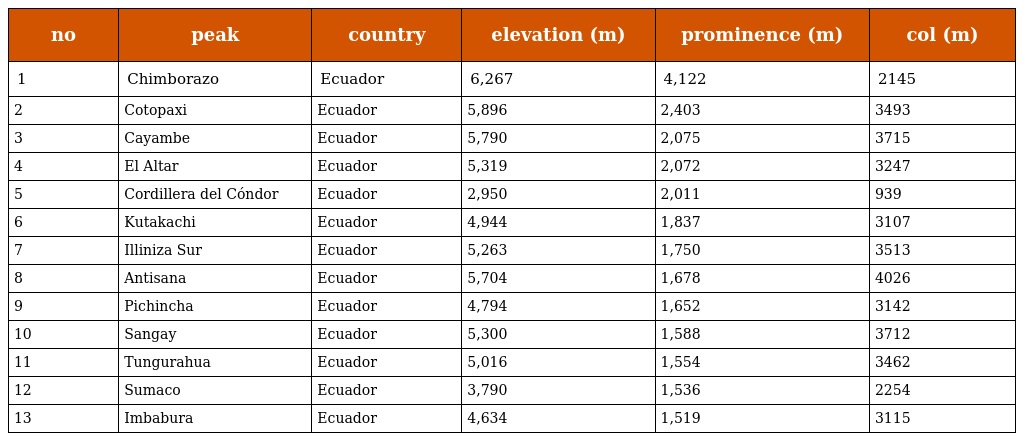
| no | peak | country | elevation (m) | prominence (m) | col (m) |
 | --- | --- | --- | --- | --- | --- |
 | 1 | Chimborazo | Ecuador | 6,267 | 4,122 | 2145 |
 | 2 | Cotopaxi | Ecuador | 5,896 | 2,403 | 3493 |
 | 3 | Cayambe | Ecuador | 5,790 | 2,075 | 3715 |
 | 4 | El Altar | Ecuador | 5,319 | 2,072 | 3247 |
 | 5 | Cordillera del Cóndor | Ecuador | 2,950 | 2,011 | 939 |
 | 6 | Kutakachi | Ecuador | 4,944 | 1,837 | 3107 |
 | 7 | Illiniza Sur | Ecuador | 5,263 | 1,750 | 3513 |
 | 8 | Antisana | Ecuador | 5,704 | 1,678 | 4026 |
 | 9 | Pichincha | Ecuador | 4,794 | 1,652 | 3142 |
 | 10 | Sangay | Ecuador | 5,300 | 1,588 | 3712 |
 | 11 | Tungurahua | Ecuador | 5,016 | 1,554 | 3462 |
 | 12 | Sumaco | Ecuador | 3,790 | 1,536 | 2254 |
 | 13 | Imbabura | Ecuador | 4,634 | 1,519 | 3115 |